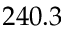
2 4 0 . 3